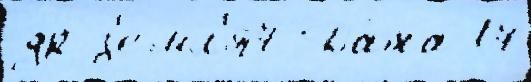
др з'емл'я7 Да́та 17